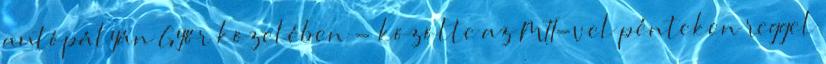
autópályán Győr közelében - közölte az MTI-vel pénteken reggel